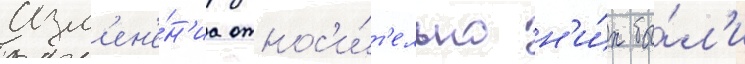
Изм'ен'е́н'иа относ'и́т'ельно н'и́х бы́л'и